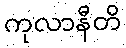
ကုလာနီတိ